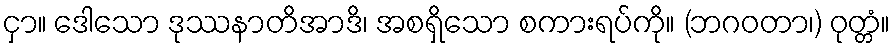
ငှာ။ ဒေါသော ဒုဿနာတိအာဒိ၊ အစရှိသော စကားရပ်ကို။ (ဘဂဝတာ၊) ဝုတ္တံ။